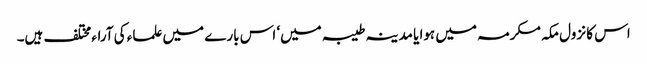
اس کا نزول مکہ مکرمہ میں ہوا یا مدینہ طیبہ میں‘ اس بارے میں علماء کی آراء مختلف ہیں۔